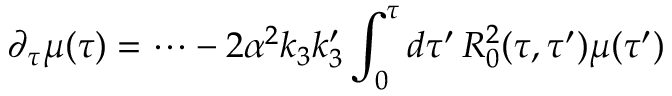
\partial _ { \tau } \mu ( \tau ) = \dots - 2 \alpha ^ { 2 } k _ { 3 } k _ { 3 } ^ { \prime } \int _ { 0 } ^ { \tau } d \tau ^ { \prime } \, R _ { 0 } ^ { 2 } ( \tau , \tau ^ { \prime } ) \mu ( \tau ^ { \prime } )